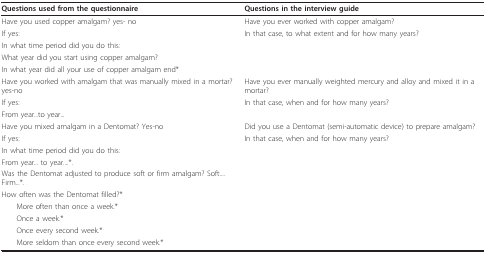
<table><thead><tr><td><b>Questions used from the questionnaire</b></td><td><b>Questions in the interview guide</b></td></tr></thead><tbody><tr><td>Have you used copper amalgam? yes- no</td><td>Have you ever worked with copper amalgam?</td></tr><tr><td>If yes:</td><td>In that case, to what extent and for how many years?</td></tr><tr><td>In what time period did you do this:</td><td></td></tr><tr><td>What year did you start using copper amalgam?</td><td></td></tr><tr><td>In what year did all your use of copper amalgam end*</td><td></td></tr><tr><td>Have you worked with amalgam that was manually mixed in a mortar? yes-no</td><td>Have you ever manually weighted mercury and alloy and mixed it in a mortar?</td></tr><tr><td>If yes:</td><td>In that case, when and for how many years?</td></tr><tr><td>From year...to year...</td><td></td></tr><tr><td>Have you mixed amalgam in a Dentomat? Yes-no</td><td>Did you use a Dentomat (semi-automatic device) to prepare amalgam?</td></tr><tr><td>If yes:</td><td>In that case, when and for how many years?</td></tr><tr><td>In what time period did you do this:</td><td></td></tr><tr><td>From year... to year....*.</td><td></td></tr><tr><td>Was the Dentomat adjusted to produce soft or firm amalgam? Soft.... Firm...*.</td><td></td></tr><tr><td>How often was the Dentomat filled?*</td><td></td></tr><tr><td> More often than once a week.*</td><td></td></tr><tr><td> Once a week.*</td><td></td></tr><tr><td> Once every second week.*</td><td></td></tr><tr><td> More seldom than once every second week.*</td><td></td></tr></tbody></table>